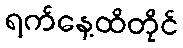
ရက်နေ့ထိတိုင်